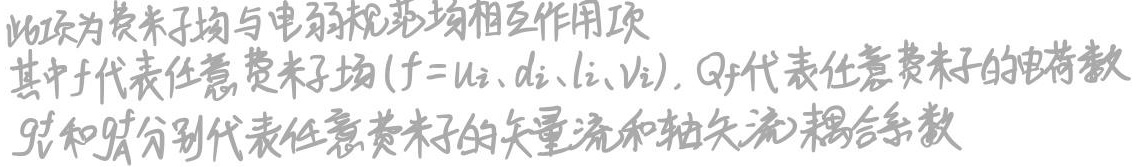
此项为费米子场与电弱规范场相互作用项。其中$f$代表任意费米子场（$f = u_i、d_i、l_i、\nu_i$），$Q_f$代表任意费米子的电荷数，$g_V^f$和$g_A^f$分别代表任意费米子的矢量流和轴矢流耦合系数。